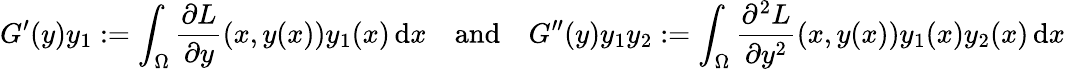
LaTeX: G^{\prime}(y)y_{1}:=\int_{\Omega}\frac{\partial L}{\partial y}(x,y(x))y_{1}(x)\, \mathrm{d}x\quad\mathrm{and}\quad G^{\prime\prime}(y)y_{1}y_{2}:=\int_{\Omega}\frac{\partial^{2}L}{\partial y^{2}}(x,y(x))y_{1}(x)y_{2}(x)\, \mathrm{d}x